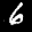
Label: 6